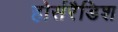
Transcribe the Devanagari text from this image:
होर्सरैडिश